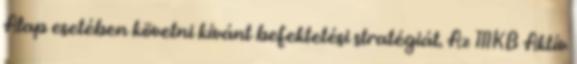
Alap esetében követni kívánt befektetési stratégiát. Az MKB Aktív